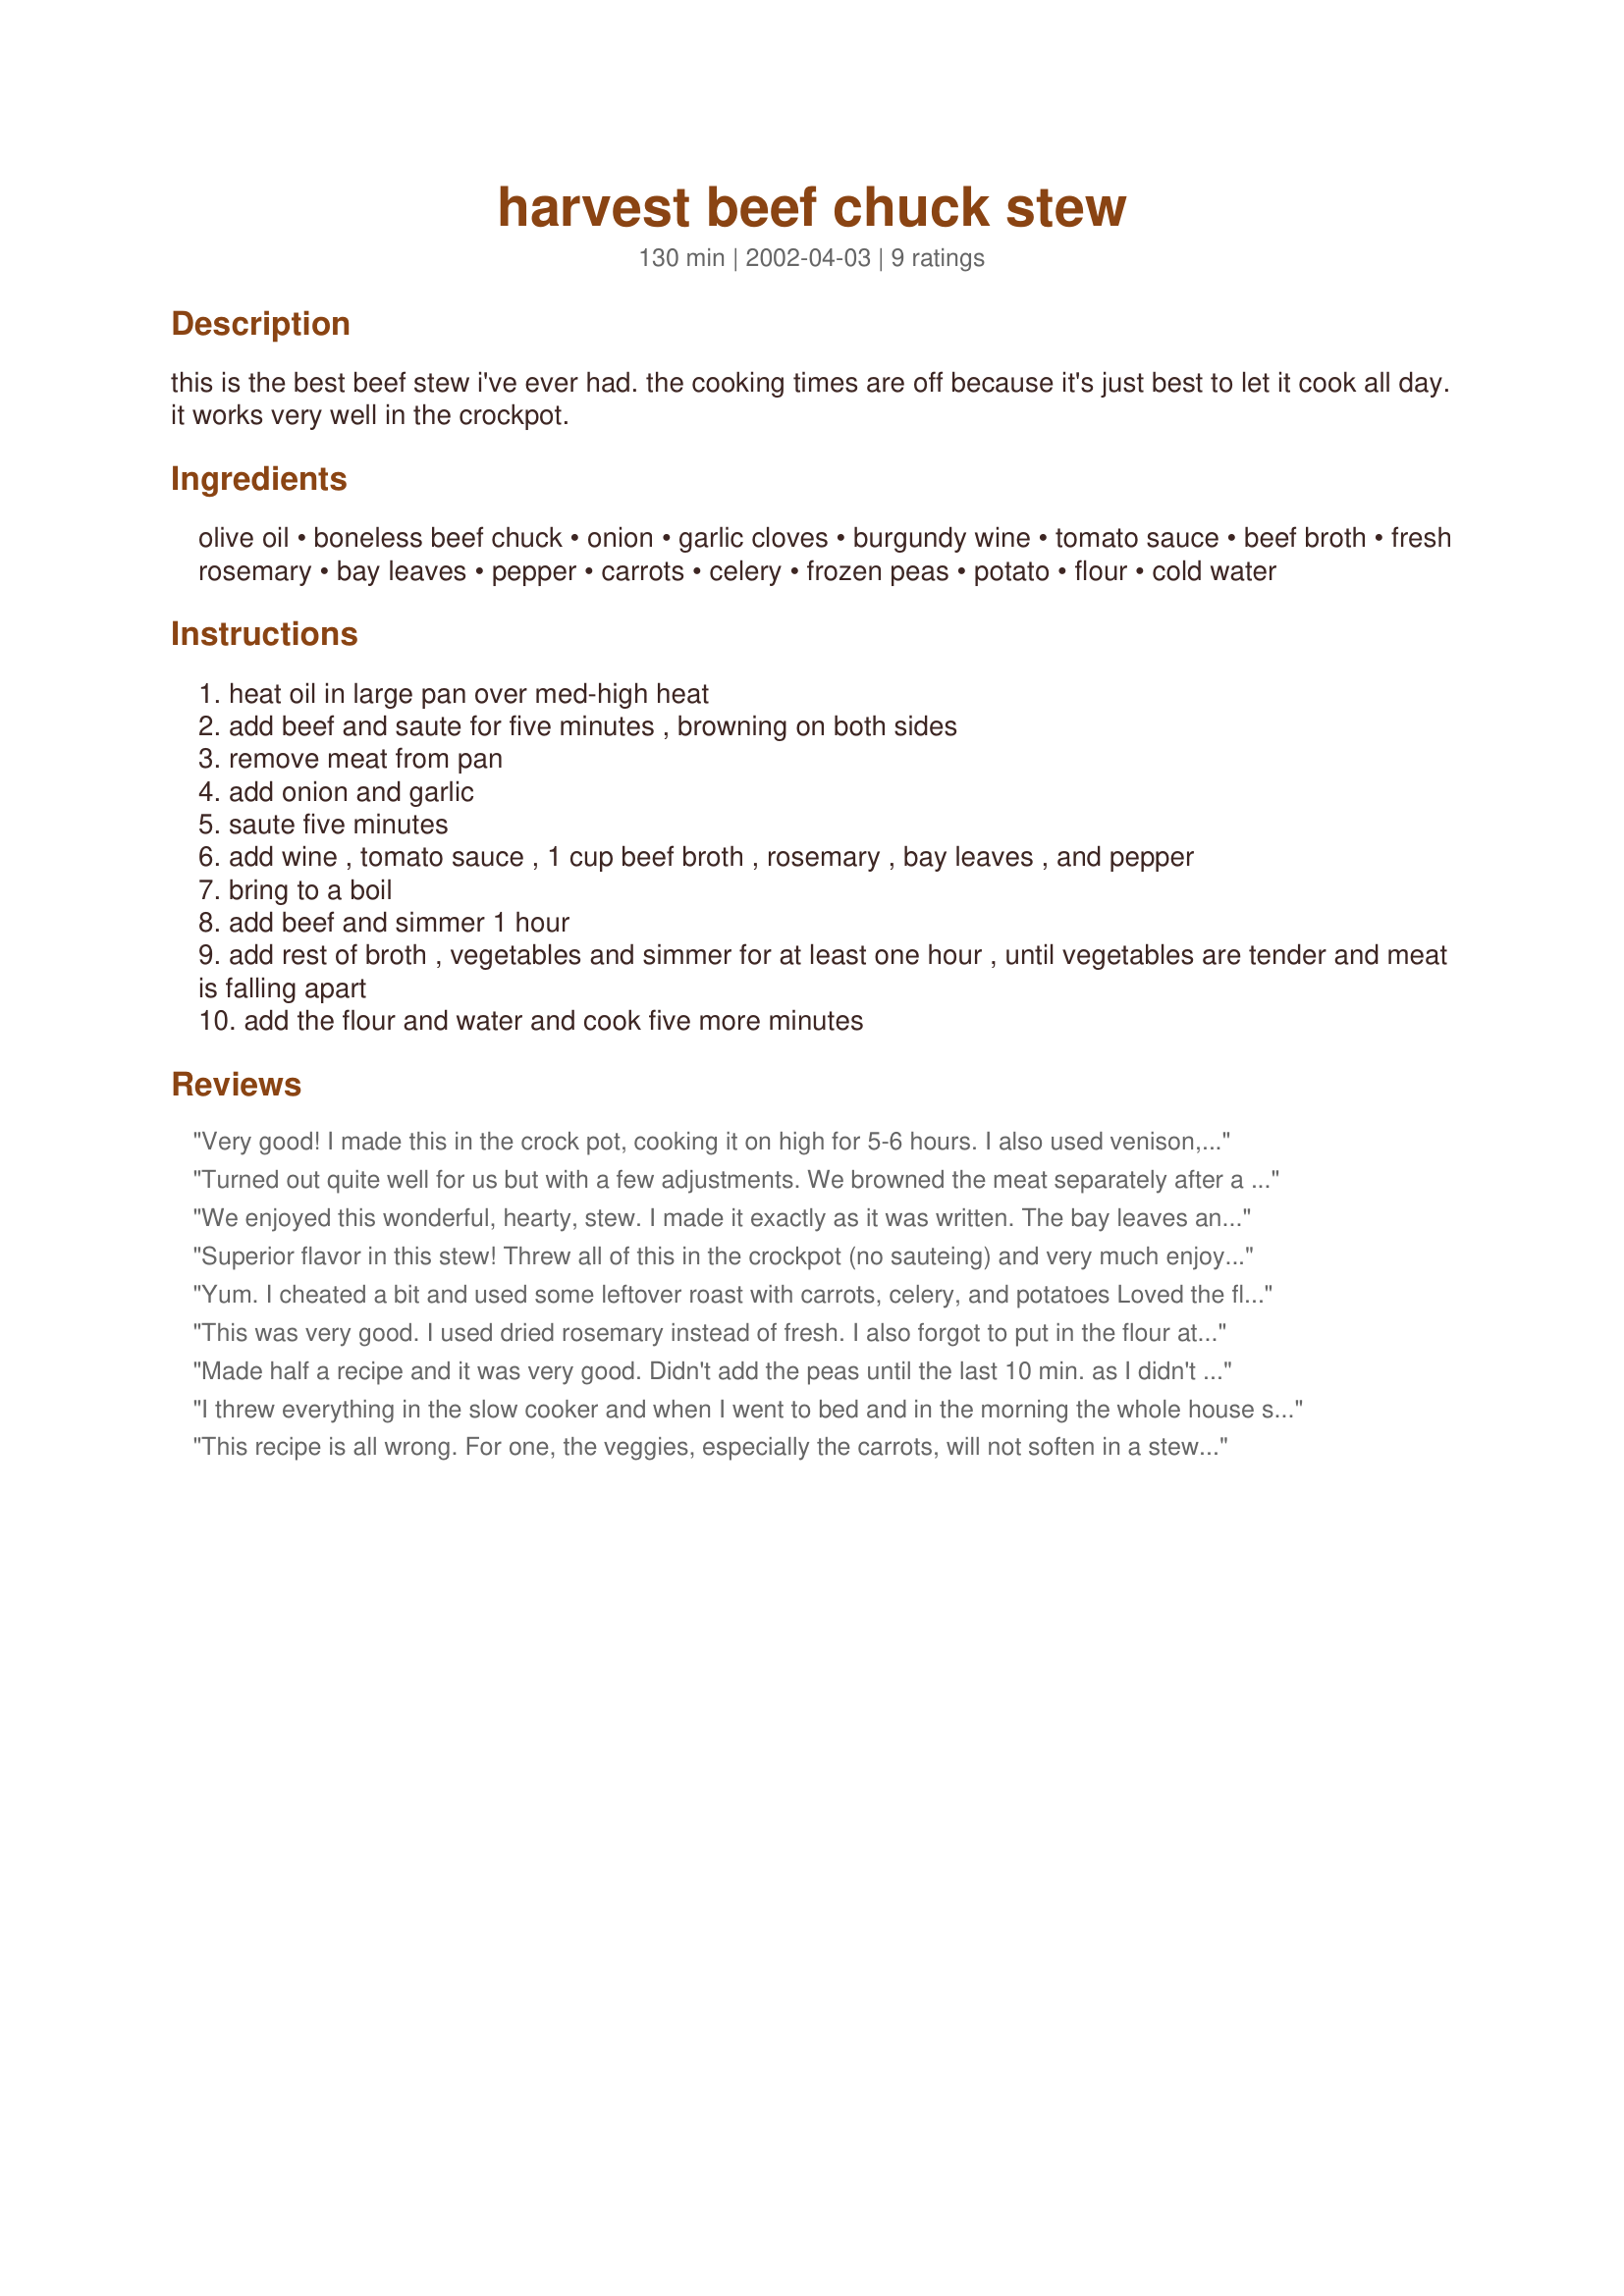
harvest beef chuck stew
Preparation time: 130 minutes

this is the best beef stew i've ever had. the cooking times are off because it's just best to let it cook all day. it works very well in the crockpot.

Ingredients:
olive oil, boneless beef chuck, onion, garlic cloves, burgundy wine, tomato sauce, beef broth, fresh rosemary, bay leaves, pepper, carrots, celery, frozen peas, potato, flour, cold water

Steps:
heat oil in large pan over med-high heat
add beef and saute for five minutes , browning on both sides
remove meat from pan
add onion and garlic
saute five minutes
add wine , tomato sauce , 1 cup beef broth , rosemary , bay leaves , and pepper
bring to a boil
add beef and simmer 1 hour
add rest of broth , vegetables and simmer for at least one hour , until vegetables are tender and meat is falling apart
add the flour and water and cook five more minutes

Reviews:
Very good! I made this in the crock pot, cooking it on high for 5-6 hours. I also used venison, and I added a can of cream of mushroom soup instead of the flour
Turned out quite well for us but with a few adjustments. We browned the meat separately after a dusting of flour/seasoning. We used chopped fresh tomatoes instead of canned. We also used mushrooms (1 cup), more garlic and needed 3 cups of stock. Would definitely make this again (maybe with green beans instead of peas).
We enjoyed this wonderful, hearty, stew. I made it exactly as it was written. The bay leaves and rosemary were just the right combination. The next layer of flavor came from the red wine.
Thanks for posting this wondrful recipe. I will make it again.
Superior flavor in this stew! Threw all of this in the crockpot (no sauteing) and very much enjoyed the result 6 hours later. Loved the herb combination. I skipped the thickening process and won't change another thing next time.
Yum. I cheated a bit and used some leftover roast with carrots, celery, and potatoes Loved the flavor of this and will be making it again. Thanks for sharing. Made for Zaar Chef Alphabet Soup Tag.
This was very good. I used dried rosemary instead of fresh. I also forgot to put in the flour at the end. It wasn't runny; it was actually quite good without it! Yum!
Made half a recipe and it was very good. Didn't add the peas until the last 10 min. as I didn't want them over done.
I threw everything in the slow cooker and when I went to bed and in the morning the whole house smelled wonderful. My BF took it to work for lunch and ate almost an entire thermos of it by himself (very BIG thermos)! He said it was 5 star outstanding. Thank you!
This recipe is all wrong. For one, the veggies, especially the carrots, will not soften in a stew with that much tomato sauce. You could literally cook it all day and the carrots would still be crunchy. Not to mention the fact that with that much tomato sauce it literally tastes like tomato soup with added ingredients. Also, I assumed the recipe called for fresh rosemary, but I'm thinking not considering how overpowering the rosemary flavor is using the amount called for. This recipe could be fixed, first by omitting the majority of the tomato sauce and swapping in broth or water. Second, by reducing greatly the amount of rosemary.
